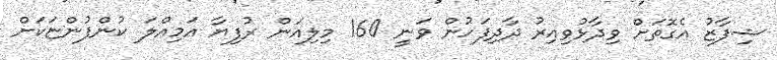
ޝިފާޒު އެގޮތަށް ވިދާޅުވިއިރު ދާދިފަހުން ވަނީ 160 މިލިއަން ރުފިޔާ އަމިއްލަ ކުންފުންޏަކަށް